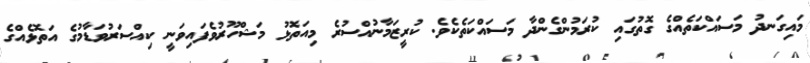
މައިގަނދު މަސައްކަތެއްގެ ގޮތުގައި ކުރަމުންގެންދާ މަސައްކަތެކެވެ. ކުރީޒަމާނުއްސުރެ މިއަތޮޅު މަޝްހޫރުވެފައިވަނީ ކިއްސަރުވަޑާމުގެ އަތޮޅެއްގެ